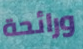
ورائحة